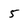
Character: 5